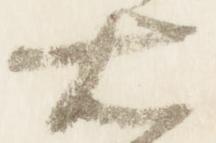
右